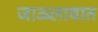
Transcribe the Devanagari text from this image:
जाऊलावात